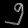
Digit: ၅